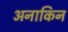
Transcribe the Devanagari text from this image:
अनाकिन